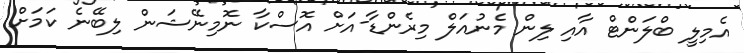
އެމިލީ ބްލަންޓް އާއި ލިން މެނުއަލް މިރެންޑާ-އަށް އޮސްކާ ނޮމިނޭޝަން ލިބޭނެ ކަަމަށް